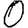
Digit: 0